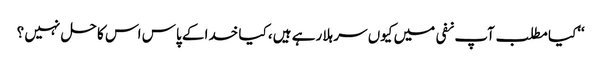
‘‘کیا مطلب آپ نفی میں کیوں سر ہلا رہے ہیں، کیا خدا کے پاس اس کا حل نہیں ؟